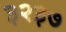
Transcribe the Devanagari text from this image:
३२३७